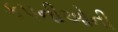
કપનીઓની